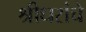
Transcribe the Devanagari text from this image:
श्रीधरांचे